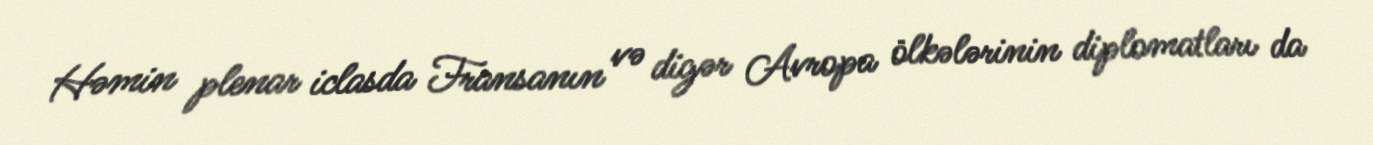
Həmin plenar iclasda Fransanın və digər Avropa ölkələrinin diplomatları da